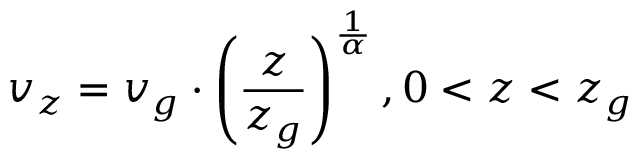
\ v _ { z } = v _ { g } \cdot \left( { \frac { z } { z _ { g } } } \right) ^ { \frac { 1 } { \alpha } } , 0 < z < z _ { g }